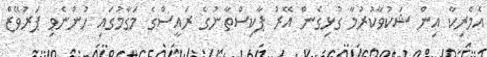
އެމެރިކާ އިން ޝަކުވާކުރުމާ ގުޅިގެން އޭރު ޕާކިސްތާނުގެ ރައީސްގެ މަގާމުގައި ހުންނެވި ޕަރުވޭޒް